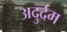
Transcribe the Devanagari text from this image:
अदुर्दम